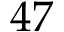
4 7